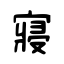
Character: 寢